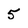
Character: 5